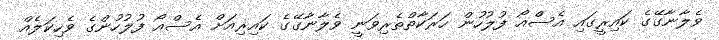
ވެލާނާގޭގެ ކައިރީގައި އެސްއޯ ފުލުހުން ހަރަކާތްތެރިވަނީ ވެލާނާގޭގެ ކައިރިއަށް އެސްއޯ ފުުލުހުންގެ ވެހިކަލެއް